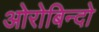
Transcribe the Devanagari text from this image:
ओरोबिन्दो